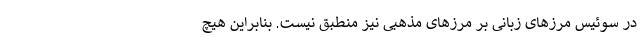
در سوئیس مرزهای زبانی بر مرزهای مذهبی نیز منطبق نیست. بنابراین هیچ